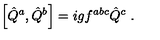
\left[ \hat { Q } ^ { a } , \hat { Q } ^ { b } \right] = i g f ^ { a b c } \hat { Q } ^ { c } \ .